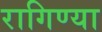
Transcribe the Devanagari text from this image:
रागिण्या